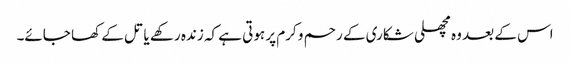
اس کے بعد وہ مچھلی شکاری کے رحم و کرم پر ہوتی ہے کہ زندہ رکھے یا تل کے کھا جائے۔